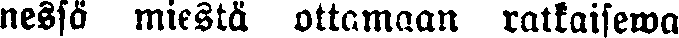
nessä miestä ottamaan ratkaisewa